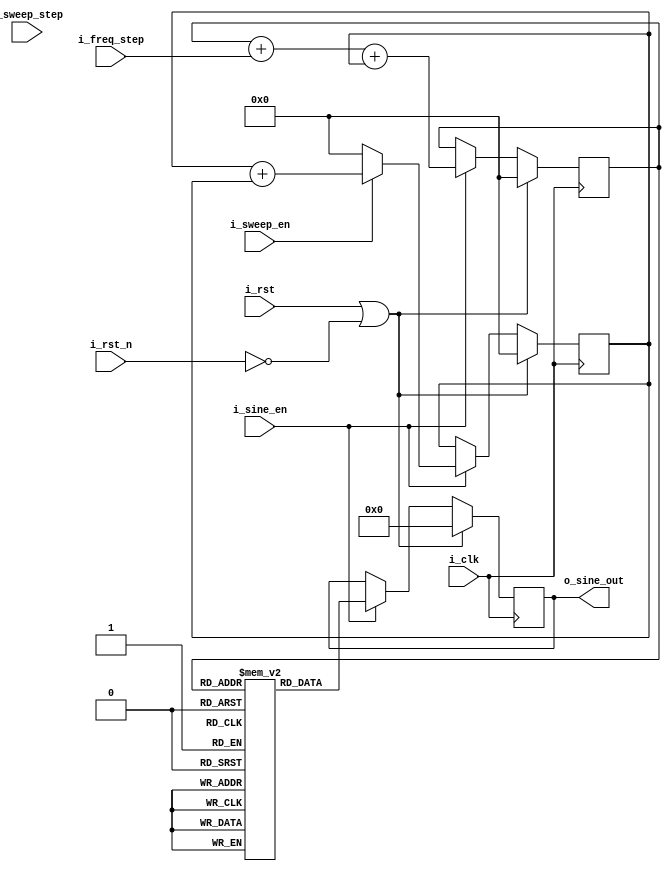
module sine_gen
#(
    parameter SINE_WIDTH = 14,
    parameter SINE_TABLE_SIZE = 5
)(
    input i_clk,
    input i_rst,
    input i_rst_n,

    input i_sine_en,
    input [SINE_TABLE_SIZE-1:0] i_freq_step,

    input i_sweep_en,
    input [SINE_TABLE_SIZE-1:0] i_sweep_step,

    output signed [SINE_WIDTH-1:0] o_sine_out
);

    reg signed [SINE_WIDTH-1:0] o_sine_out;

    // Sin gen
    reg signed [SINE_WIDTH-1:0] sine_table [0:(2**SINE_TABLE_SIZE)-1];
    // table needs to be updated for different SINE_WIDTH values
    // +8191 -> 1 sign plus 13 data
    initial begin
        sine_table[ 0] = 0;
        sine_table[ 1] = 1598;
        sine_table[ 2] = 3134;
        sine_table[ 3] = 4551;
        sine_table[ 4] = 5792;
        sine_table[ 5] = 6811;
        sine_table[ 6] = 7568;
        sine_table[ 7] = 8034;
        sine_table[ 8] = 8191;
        sine_table[ 9] = 8034;
        sine_table[10] = 7568;
        sine_table[11] = 6811;
        sine_table[12] = 5792;
        sine_table[13] = 4551;
        sine_table[14] = 3134;
        sine_table[15] = 1598;
        sine_table[16] = 0;
        sine_table[17] = -1599;
        sine_table[18] = -3135;
        sine_table[19] = -4552;
        sine_table[20] = -5793;
        sine_table[21] = -6812;
        sine_table[22] = -7569;
        sine_table[23] = -8035;
        sine_table[24] = -8192;
        sine_table[25] = -8035;
        sine_table[26] = -7569;
        sine_table[27] = -6812;
        sine_table[28] = -5793;
        sine_table[29] = -4552;
        sine_table[30] = -3135;
        sine_table[31] = -1599;
    end

    localparam SINE_CNTR_WIDTH = SINE_TABLE_SIZE;
    reg [SINE_CNTR_WIDTH-1:0] sine_cntr;
    reg [SINE_CNTR_WIDTH-1:0] cntr_step;
    reg sweep_flag;
    always@(posedge i_clk) begin
        if (i_rst == 1'b1 || i_rst_n == 1'b0) begin
            sine_cntr <= 0;
            cntr_step <= 0;
            sweep_flag <= 1'b0;
            o_sine_out <= 0;
        end else begin
            if (i_sine_en) begin
                sweep_flag <= i_sweep_en;
                if (i_sweep_en) begin
                    if (!sweep_flag) begin
                        // just enabled, capture step size
                        cntr_step <= i_sweep_step;
                    end
                    cntr_step <= cntr_step + cntr_step;
                end else begin
                    cntr_step <= 0;
                end
                sine_cntr <= sine_cntr + i_freq_step + cntr_step;
                o_sine_out <= sine_table[sine_cntr];
            end
        end
    end

endmodule